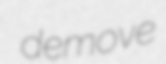
demove